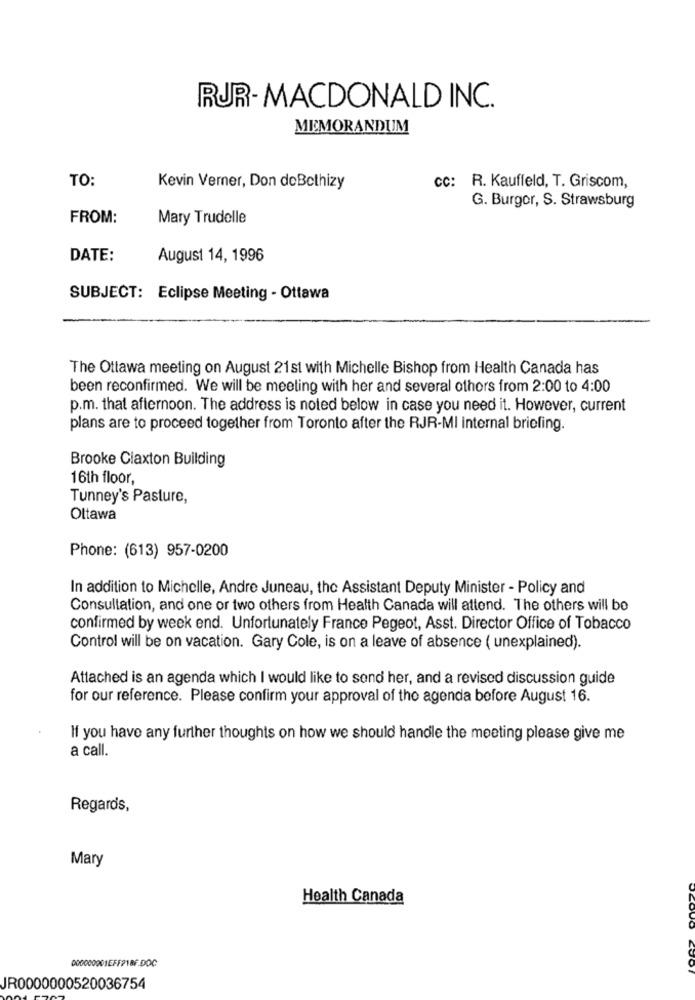
RUR-MACDONALD INC.
MEMORANDUM
TO:
Kevin Verner, Don deBcthizy
CC:
R. Kauffeld, T. Griscom,
G. Burger, S. Strawsburg
FROM:
Mary Trudelle
DATE:
August 14, 1996
SUBJECT: Eclipse Meeting - Ottawa
The Ottawa meeting on August 21st with Michelle Bishop from Health Canada has
been reconfirmed. We will be meeting with her and several others from 2:00 to 4:00
p.m. that afternoon. The address is noted below in case you need it. However, current
plans are to proceed together from Toronto after the RJR-MI internal briefing.
Brooke Claxton Building
16th floor,
Tunney's Pasture,
Ottawa
Phone: (613) 957-0200
In addition to Michelle, Andre Juneau, the Assistant Deputy Minister - Policy and
Consultation, and one or two others from Health Canada will attend. The others will be
confirmed by week end. Unfortunately France Pegeot, Asst. Director Office of Tobacco
Control will be on vacation. Gary Cole, is on a leave of absence ( unexplained).
Attached is an agenda which I would like to send her, and a revised discussion guide
for our reference. Please confirm your approval of the agenda before August 16.
If you have any further thoughts on how we should handle the meeting please give me
a call.
Regards,
Mary
Health Canada
000000001EFF718F.DOC
JR0000000520036754